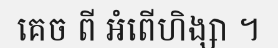
គេច ពី អំពើហិង្សា ។